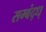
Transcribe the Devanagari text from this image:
सम्बंद्ध्